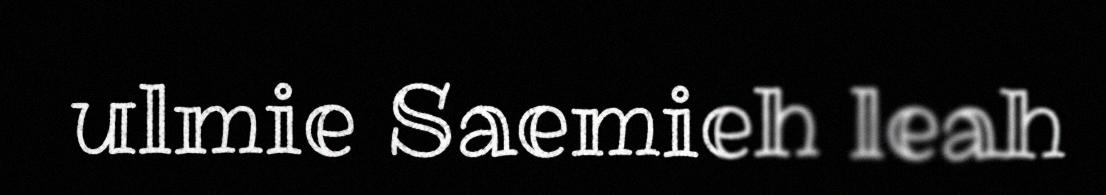
ulmie Saemieh leah